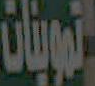
تويات